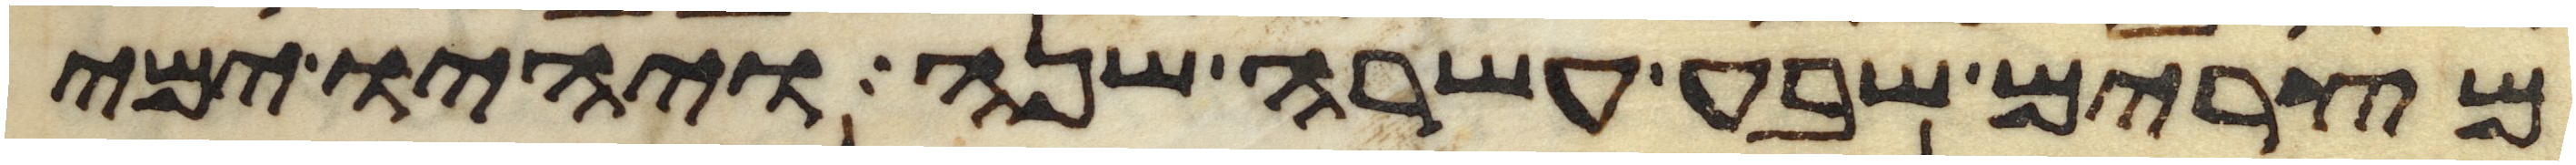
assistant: מצרים שבע עשרה שנה ויהיו ימי